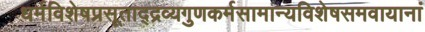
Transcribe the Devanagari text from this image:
धर्मविशेषप्रसूताद्द्रव्यगुणकर्मसामान्यविशेषसमवायानां